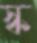
স্ক